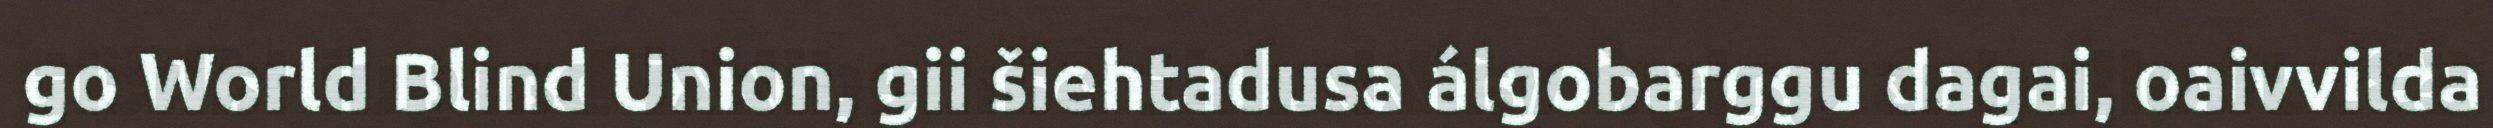
go World Blind Union, gii šiehtadusa álgobarggu dagai, oaivvilda